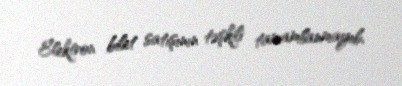
Elektron bilet satışının təşkili tamamlanmayıb.